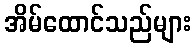
အိမ်ထောင်သည်များ